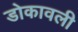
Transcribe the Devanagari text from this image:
डोकावली